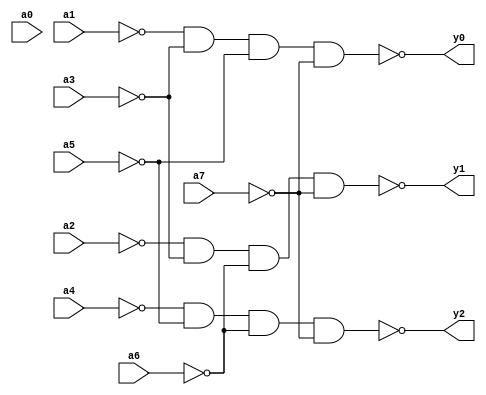
module encoder(
    input a0,
    input a1,
    input a2,
    input a3,
    input a4,
    input a5,
    input a6,
    input a7,
    output y0,
    output y1,
    output y2 
    );
    
    wire not_a1, not_a2, not_a3, not_a4,
         not_a5, not_a6, not_a7;

    nand(not_a1, a1, a1);
    nand(not_a2, a2, a2);
    nand(not_a3, a3, a3);
    nand(not_a4, a4, a4);
    nand(not_a5, a5, a5);
    nand(not_a6, a6, a6);
    nand(not_a7, a7, a7);
    
    nand(y0, not_a1, not_a3, not_a5, not_a7);
    nand(y1, not_a2, not_a3, not_a6, not_a7);
    nand(y2, not_a4, not_a5, not_a6, not_a7);
     
endmodule